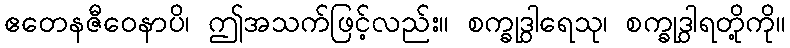
ဧတေနဇီဝေနာပိ၊ ဤအသက်ဖြင့်လည်း။ စက္ခုဒွါရေသု၊ စက္ခုဒွါရတို့ကို။